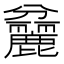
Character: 𪋨